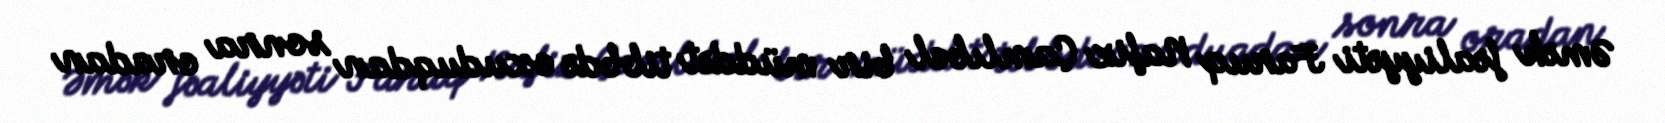
Əmək fəaliyyəti Faruq Nafiz Çamlıbel bir müddət tibbdə oxuduqdan sonra oradan